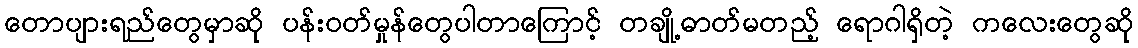
တောပျားရည်တွေမှာဆို ပန်းဝတ်မှုန်တွေပါတာကြောင့် တချို့ဓာတ်မတည့် ရောဂါရှိတဲ့ ကလေးတွေဆို